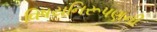
વિષયનિરૂપણની